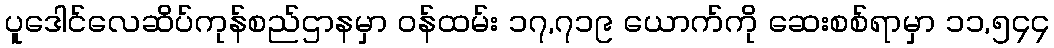
ပူဒေါင်လေဆိပ်ကုန်စည်ဌာနမှာ ဝန်ထမ်း ၁၇,၇၁၉ ယောက်ကို ဆေးစစ်ရာမှာ ၁၁,၅၄၄